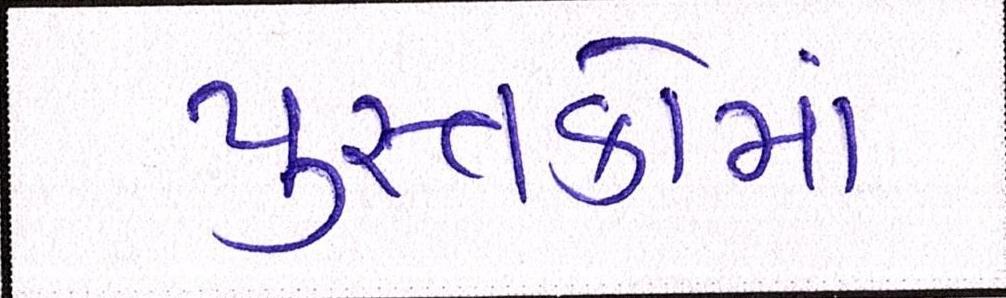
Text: પુસ્તકોમાં